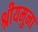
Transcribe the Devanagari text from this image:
श्रीयमुना